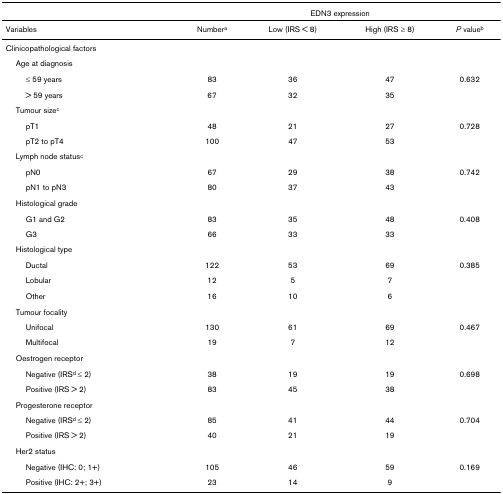
<table><thead><tr><td></td><td colspan="4"><b>EDN3 expression</b></td></tr></thead><tbody><tr><td>Variables</td><td>Number<sup>a</sup></td><td>Low (IRS &lt; 8)</td><td>High (IRS ≥ 8)</td><td><i>P </i>value<sup>b</sup></td></tr><tr><td>Clinicopathological factors</td><td></td><td></td><td></td><td></td></tr><tr><td> Age at diagnosis</td><td></td><td></td><td></td><td></td></tr><tr><td>≤ 59 years</td><td>83</td><td>36</td><td>47</td><td>0.632</td></tr><tr><td>&gt; 59 years</td><td>67</td><td>32</td><td>35</td><td></td></tr><tr><td> Tumour size<sup>c</sup></td><td></td><td></td><td></td><td></td></tr><tr><td>pT1</td><td>48</td><td>21</td><td>27</td><td>0.728</td></tr><tr><td>pT2 to pT4</td><td>100</td><td>47</td><td>53</td><td></td></tr><tr><td> Lymph node status<sup>c</sup></td><td></td><td></td><td></td><td></td></tr><tr><td>pN0</td><td>67</td><td>29</td><td>38</td><td>0.742</td></tr><tr><td>pN1 to pN3</td><td>80</td><td>37</td><td>43</td><td></td></tr><tr><td> Histological grade</td><td></td><td></td><td></td><td></td></tr><tr><td>G1 and G2</td><td>83</td><td>35</td><td>48</td><td>0.408</td></tr><tr><td>G3</td><td>66</td><td>33</td><td>33</td><td></td></tr><tr><td> Histological type</td><td></td><td></td><td></td><td></td></tr><tr><td>Ductal</td><td>122</td><td>53</td><td>69</td><td>0.385</td></tr><tr><td>Lobular</td><td>12</td><td>5</td><td>7</td><td></td></tr><tr><td>Other</td><td>16</td><td>10</td><td>6</td><td></td></tr><tr><td> Tumour focality</td><td></td><td></td><td></td><td></td></tr><tr><td>Unifocal</td><td>130</td><td>61</td><td>69</td><td>0.467</td></tr><tr><td>Multifocal</td><td>19</td><td>7</td><td>12</td><td></td></tr><tr><td> Oestrogen receptor</td><td></td><td></td><td></td><td></td></tr><tr><td>Negative (IRS<sup>d </sup>≤ 2)</td><td>38</td><td>19</td><td>19</td><td>0.698</td></tr><tr><td>Positive (IRS &gt; 2)</td><td>83</td><td>45</td><td>38</td><td></td></tr><tr><td> Progesterone receptor</td><td></td><td></td><td></td><td></td></tr><tr><td>Negative (IRS<sup>d </sup>≤ 2)</td><td>85</td><td>41</td><td>44</td><td>0.704</td></tr><tr><td>Positive (IRS &gt; 2)</td><td>40</td><td>21</td><td>19</td><td></td></tr><tr><td> Her2 status</td><td></td><td></td><td></td><td></td></tr><tr><td>Negative (IHC: 0; 1+)</td><td>105</td><td>46</td><td>59</td><td>0.169</td></tr><tr><td>Positive (IHC: 2+; 3+)</td><td>23</td><td>14</td><td>9</td><td></td></tr></tbody></table>